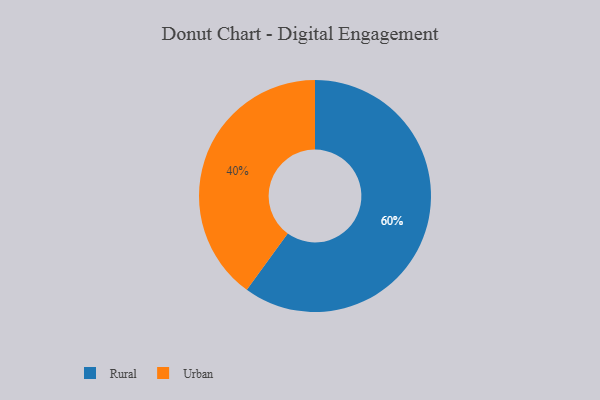
{"axis": {"x": "Category", "y": "Percentage"}, "legend": ["Rural", "Urban"], "data": [{"x": "Urban", "y": 40, "type": "Urban"}, {"x": "Rural", "y": 60, "type": "Rural"}]}